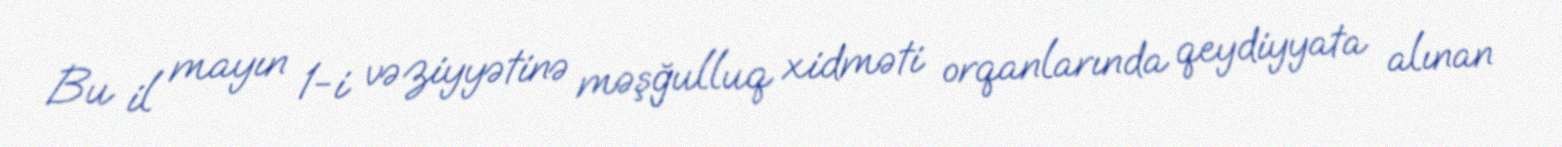
Bu il mayın 1-i vəziyyətinə məşğulluq xidməti orqanlarında qeydiyyata alınan